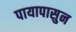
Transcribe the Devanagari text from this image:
पायापासुन